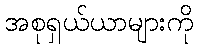
အစုရှယ်ယာများကို